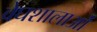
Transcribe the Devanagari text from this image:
वेघशालाओं